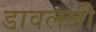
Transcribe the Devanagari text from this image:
डावलली